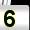
Digit: 5